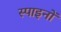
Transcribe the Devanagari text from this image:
स्पाइनों